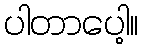
ပါတာပေါ့။